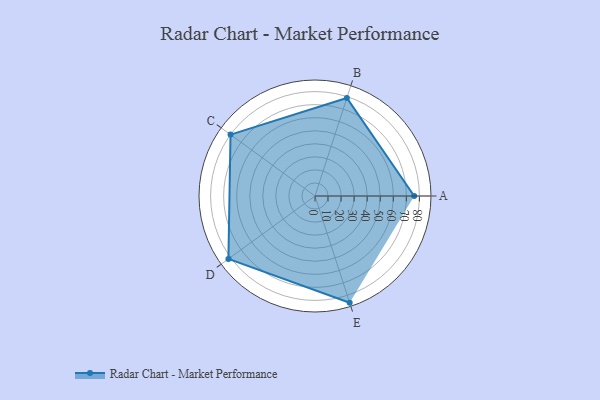
{"axis": {"x": "Skill", "y": "Score"}, "legend": ["Profile"], "data": [{"x": "A", "y": 76.0, "type": "Profile"}, {"x": "B", "y": 79.0, "type": "Profile"}, {"x": "C", "y": 80.0, "type": "Profile"}, {"x": "D", "y": 82.0, "type": "Profile"}, {"x": "E", "y": 86.0, "type": "Profile"}]}